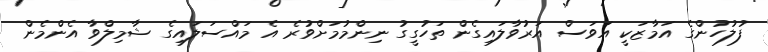
ފުލުހުންގެ އަމާޒަކީ އަވަސް އަރުވާލައިގެން ތަހުގީގު ނިންމުމަށްވުރެ އެ މައްސަލައިގެ ޝާމިލްވާ އެންމެން